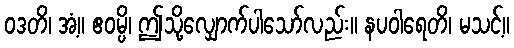
ဝဒတိ၊ အံ့။ ဧဝမ္ပိ၊ ဤသို့လျှောက်ပါသော်လည်း။ နပဝါရေတိ၊ မသင့်။